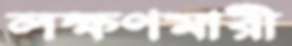
লক্ষণমারী